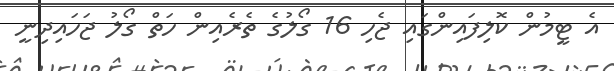
އެ ޓީމުން ކޮލިފައިންގައި ޖެހި 16 ގޯލުގެ ތެރެއިން ހަތް ގޯލު ޖަހައިދިނީ